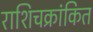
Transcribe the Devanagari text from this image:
राशिचक्रांकित